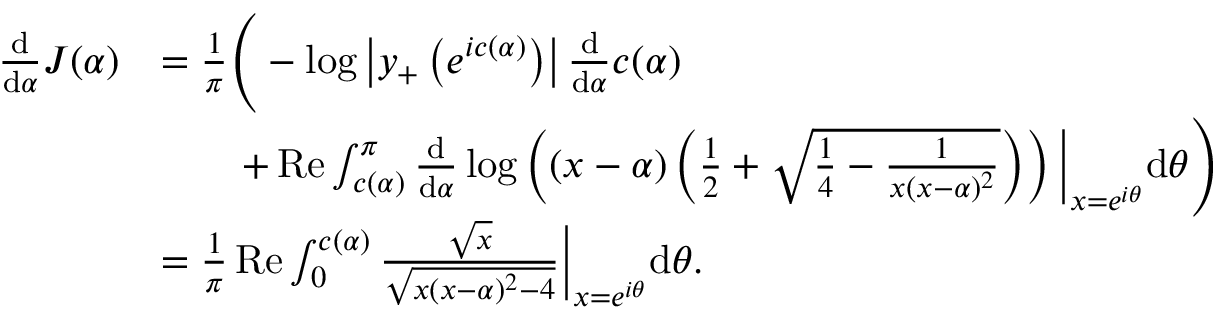
\begin{array} { r l } { \frac { \mathrm d } { \mathrm d \alpha } J ( \alpha ) } & { = \frac { 1 } { \pi } \Bigg ( - \log \left| y _ { + } \left( e ^ { i c ( \alpha ) } \right) \right| \frac { \mathrm d } { \mathrm d \alpha } c ( \alpha ) } \\ & { \qquad + \mathop { \mathrm { R e } } \int _ { c ( \alpha ) } ^ { \pi } \frac { \mathrm d } { \mathrm d \alpha } \log \left( ( x - \alpha ) \left( \frac 1 2 + \sqrt { \frac 1 4 - \frac { 1 } { x ( x - \alpha ) ^ { 2 } } } \right) \right) \bigg \rvert _ { x = e ^ { i \theta } } \mathrm d \theta \Bigg ) } \\ & { = \frac { 1 } { \pi } \mathop { \mathrm { R e } } \int _ { 0 } ^ { c ( \alpha ) } \frac { \sqrt { x } } { \sqrt { x ( x - \alpha ) ^ { 2 } - 4 } } \bigg \rvert _ { x = e ^ { i \theta } } \mathrm d \theta . } \end{array}